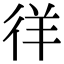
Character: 徉